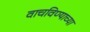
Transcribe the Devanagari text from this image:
वाचविण्याच्या